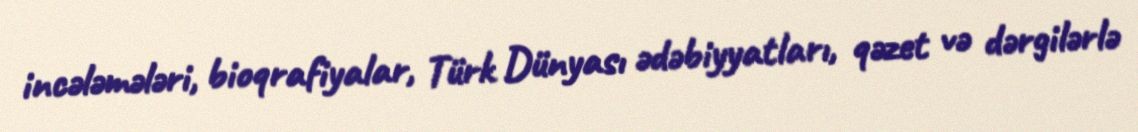
incələmələri, bioqrafiyalar, Türk Dünyası ədəbiyyatları, qəzet və dərgilərlə